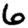
Digit: 6